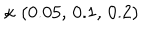
\kappa \, \left( 0 . 0 5 , \, 0 . 1 , \, 0 . 2 \right)